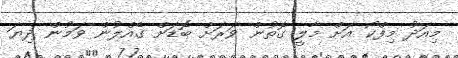
މިއަދު މިފްކޯ އަށް މާލީ ގޮތުން ވަރަށް ބޮޑަށް ގެއްލުން ވަމުން ދިޔަ